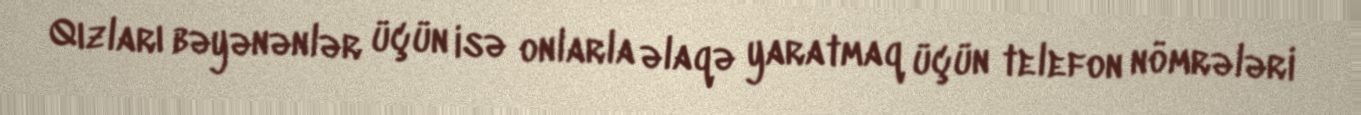
Qızları bəyənənlər üçün isə onlarla əlaqə yaratmaq üçün telefon nömrələri